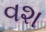
વશ